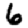
Digit: 6